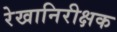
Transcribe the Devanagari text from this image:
रेखानिरीक्षक